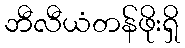
ဘီလီယံတန်ဖိုးရှိ